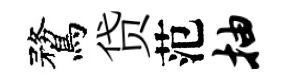
鶩贷范抽